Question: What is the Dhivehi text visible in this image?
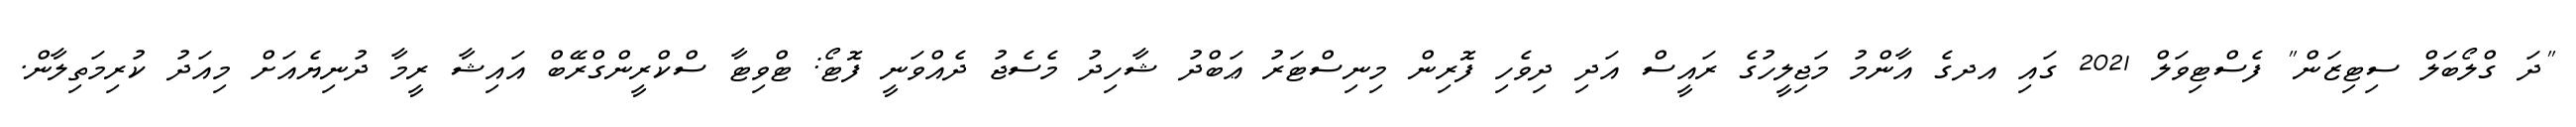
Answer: "ދަ ގްލޯބަލް ސިޓިޒަން" ފެސްޓިވަލް 2021 ގައި އދގެ އާންމު މަޖިލީހުގެ ރައީސް އަދި ދިވެހި ފޮރިން މިނިސްޓަރު ޢަބްދު ޝާހިދު މެސެޖު ދެއްވަނީ ފޮޓޯ: ޓްވިޓާ ސްކްރީންގްރޭބް އައިޝާ ރީމާ ދުނިޔެއަށް މިއަދު ކުރިމަތިލާން.